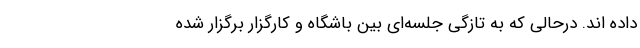
داده اند. درحالی که به تازگی جلسه‌ای بین باشگاه و کارگزار برگزار شده